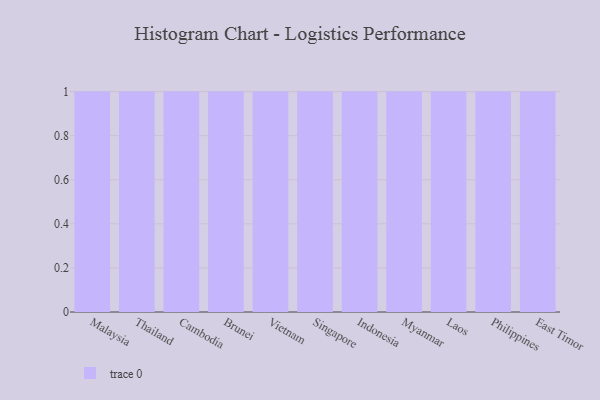
{"axis": {"x": "Country", "y": "Energy Usage (MWh)"}, "legend": [""], "data": [{"x": "Malaysia", "y": 63, "type": ""}, {"x": "Thailand", "y": 15, "type": ""}, {"x": "Cambodia", "y": 42, "type": ""}, {"x": "Brunei", "y": 27, "type": ""}, {"x": "Vietnam", "y": 86, "type": ""}, {"x": "Singapore", "y": 59, "type": ""}, {"x": "Indonesia", "y": 89, "type": ""}, {"x": "Myanmar", "y": 12, "type": ""}, {"x": "Laos", "y": 31, "type": ""}, {"x": "Philippines", "y": 79, "type": ""}, {"x": "East Timor", "y": 67, "type": ""}]}